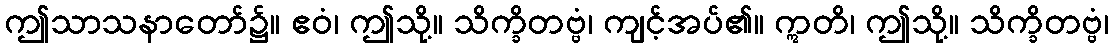
ဤသာသနာတော်၌။ ဧဝံ၊ ဤသို့။ သိက္ခိတဗ္ဗံ၊ ကျင့်အပ်၏။ ဣတိ၊ ဤသို့။ သိက္ခိတဗ္ဗံ၊